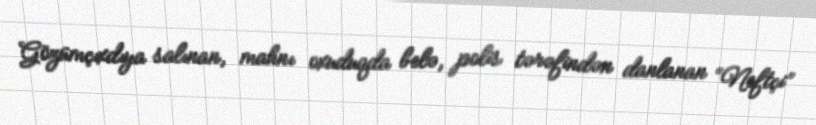
Gözümçıxdıya salınan, mahnı oxuduqda belə, polis tərəfindən danlanan “Neftçi”